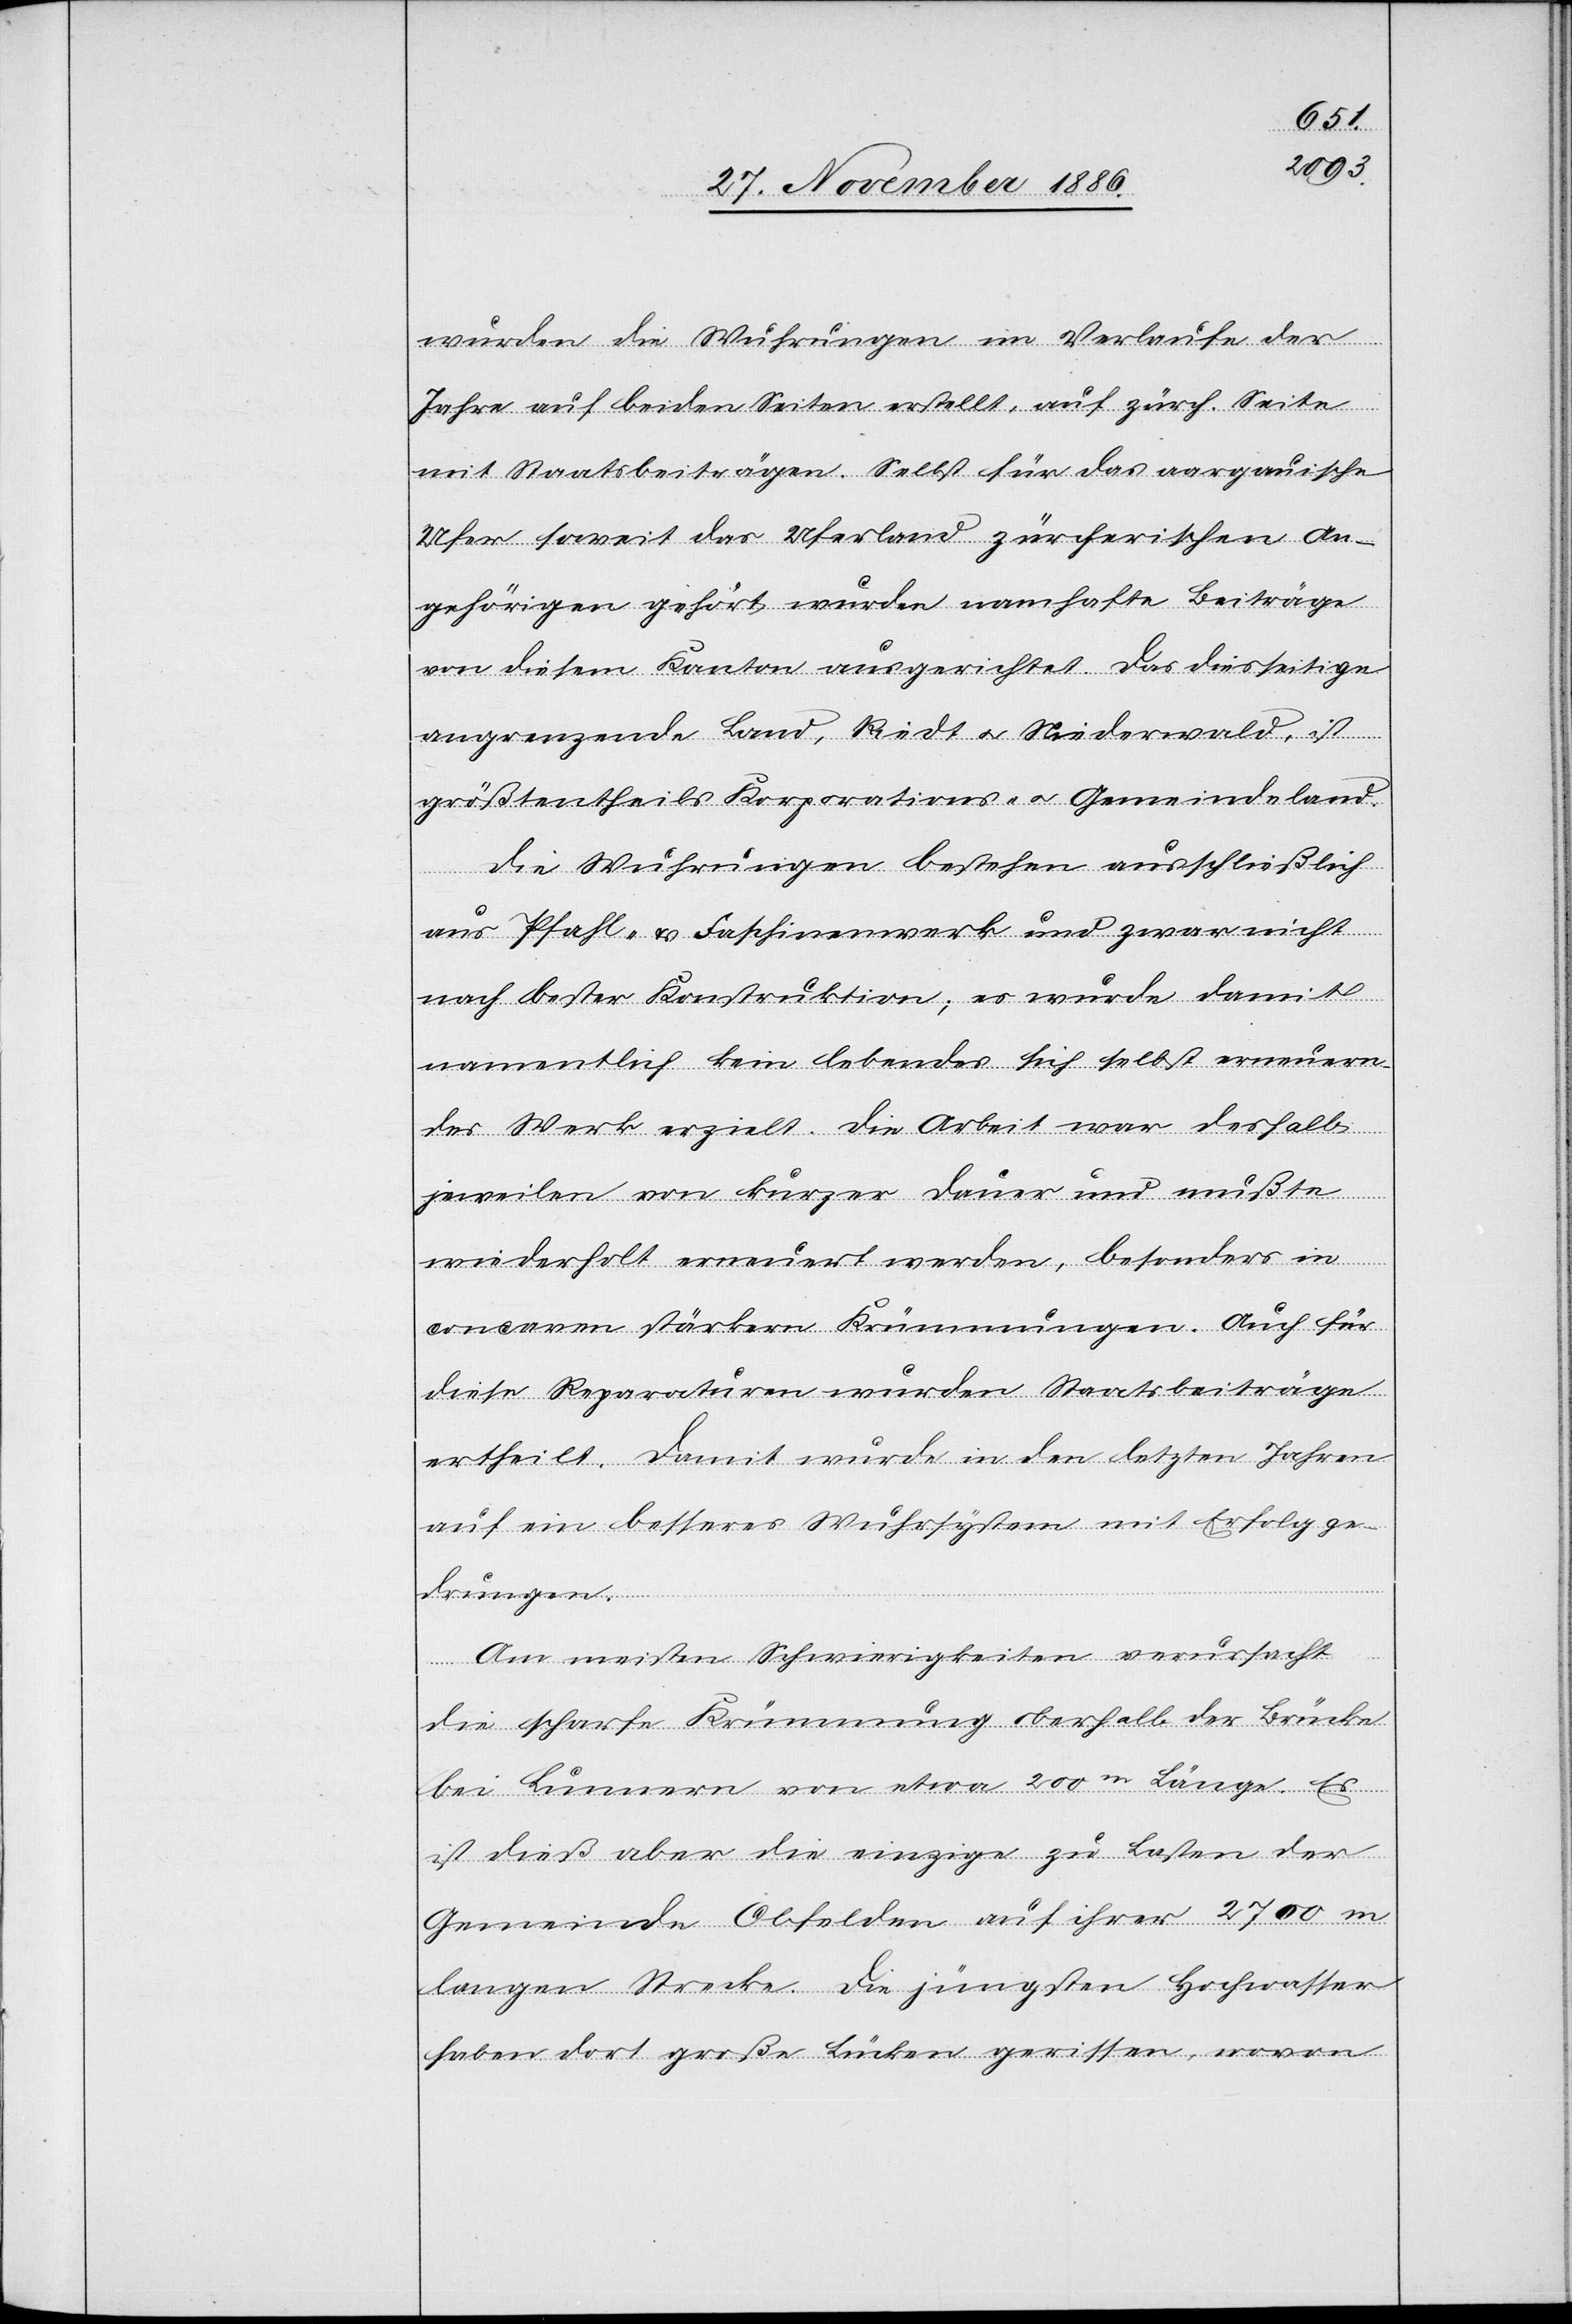
wurden die Wuhrungen im Verlaufe der
Jahre auf beiden Seiten erstellt, auf zürch. Seite
mit Staatsbeiträgen. Selbst für das aargauische
Ufer soweit das Uferland zürcherischen An¬
gehörigen gehört, wurden namhafte Beiträge
von diesem Kanton ausgerichtet. Das diesseitige
angrenzende Land, Riedt & Niederwald, ist
größtentheils Korporations- & Gemeindeland.
Die Wuhrungen bestehen ausschließlich
aus Pfahl- & Faschinenwerk und zwar nicht
nach bester Konstruktion; es wurde damit
namentlich kein lebendes sich selbst erneuern¬
des Werk erzielt. Die Arbeit war deshalb
jeweilen von kurzer Dauer und mußte
wiederholt erneuert werden, besonders in
concaven stärkern Krümmungen. Auch für
diese Reparaturen wurden Staatsbeiträge
ertheilt. Damit wurde in den letzten Jahren
auf ein besseres Wuhrsystem mit Erfolg ge¬
drungen.
Am meisten Schwierigkeiten verursacht
die scharfe Krümmung oberhalb der Brücke
bei Lunnern von etwa 200m Länge. Es
ist dieß aber die einzige zu Lasten der
Gemeinde Obfelden auf ihrer 2700 m
langen Strecke. Die jüngsten Hochwasser
haben dort große Lücken gerissen, wovon